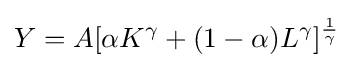
Y=A[\alpha K^{\gamma }+(1-\alpha )L^{\gamma }]^{\frac {1}{\gamma }}